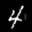
Label: 4